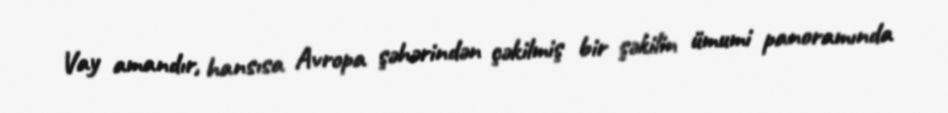
Vay amandır, hansısa Avropa şəhərindən çəkilmiş bir şəkilin ümumi panoramında